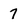
Character: 7